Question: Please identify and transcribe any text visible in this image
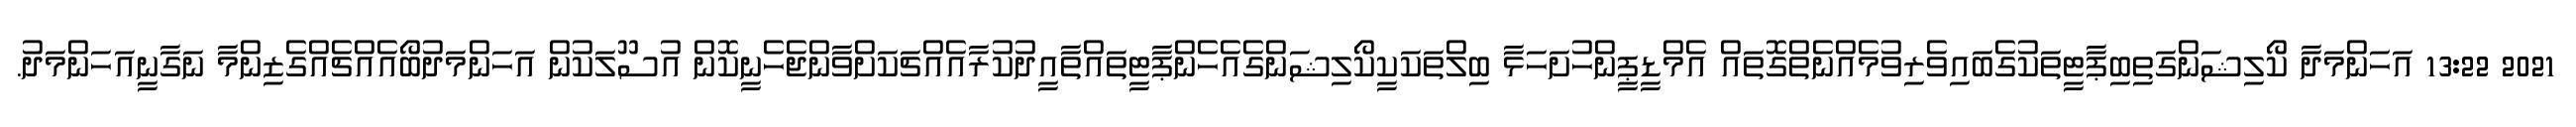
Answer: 2021 13:22 އަހަންމަދާ ކޯލިޝަންގަތިބިޕާޓީތަކުގެބައިވެރިވުމެއްނެތްގޮތައް އެމްޑީޕީންހުށަހަޅާ ބިލްތަކަކީކޯލިޝަންގެއެހެންޕާޓީތައްތާއީދުކުރާއެއްޗަކަށްވާންޖެހެނީކޮން އުސޫލަކުން އަހަންމަދުބޯއެއްޗެއްގެޒިންމާ ނަގާނީއަހަންމަދު.